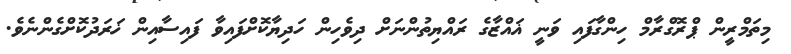
މިތަމްރީން ޕްރޮގްރާމް ހިންގާފައި ވަނީ ޣައްޒާގެ ރައްޔިތުންނަށް ދިވެހިން ހަދިޔާކޮށްފައިވާ ފައިސާއިން ޚަރަދުކޮށްގެންނެވެ.